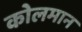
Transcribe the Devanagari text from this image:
कोलमान